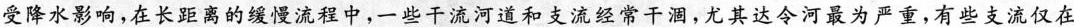
受降水影响，在长距离的缓慢流程中，一些干流河道和支流经常干涸，尤其达令河最为严重，有些支流仅在